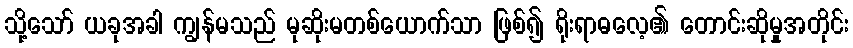
သို့သော် ယခုအခါ ကျွန်မသည် မုဆိုးမတစ်ယောက်သာ ဖြစ်၍ ရိုးရာဓလေ့၏ တောင်းဆိုမှုအတိုင်း